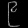
Digit: ၉